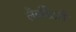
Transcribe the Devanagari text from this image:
लैबॉरेटरी